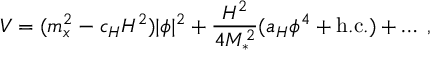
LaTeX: V = ( m _ { x } ^ { 2 } - c _ { H } H ^ { 2 } ) | \phi | ^ { 2 } + \frac { H ^ { 2 } } { 4 M _ { * } ^ { 2 } } ( a _ { H } \phi ^ { 4 } + \mathrm { h . c . } ) + \ldots \; ,